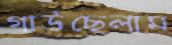
গাউছেলাম